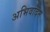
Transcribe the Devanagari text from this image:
अभिवादन